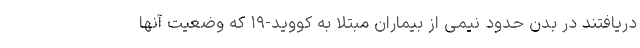
دریافتند در بدن حدود نیمی از بیماران مبتلا به کووید-۱۹ که وضعیت آنها